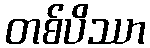
တစ်ပိဿာ